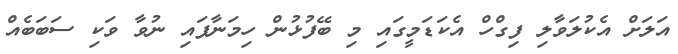
އަލަށް އެކުލަވާލި ފިގްހް އެކަޑަމީގައި މި ބޭފުޅުން ހިމަނާފައި ނުވާ ވަކި ސަބަބެއް